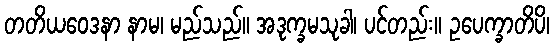
တတိယဝေဒနာ နာမ၊ မည်သည်။ အဒုက္ခမသုခါ၊ ပင်တည်း။ ဥပေက္ခာတိပိ၊